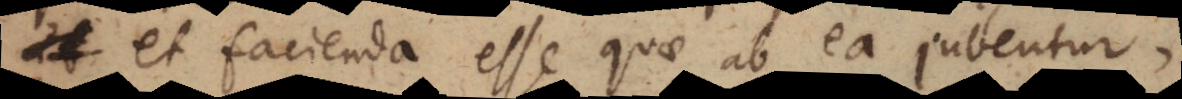
et facienda esse quae ab ea jubentur,